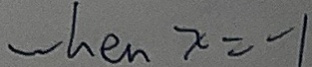
w h e n x = - 1